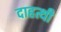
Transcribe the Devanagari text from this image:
दाहत्थी